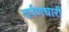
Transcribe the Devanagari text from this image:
दर्पणधारी